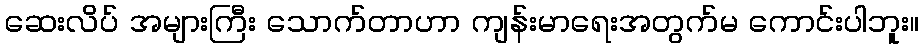
ဆေးလိပ် အများကြီး သောက်တာဟာ ကျန်းမာရေးအတွက်မ ကောင်းပါဘူး။